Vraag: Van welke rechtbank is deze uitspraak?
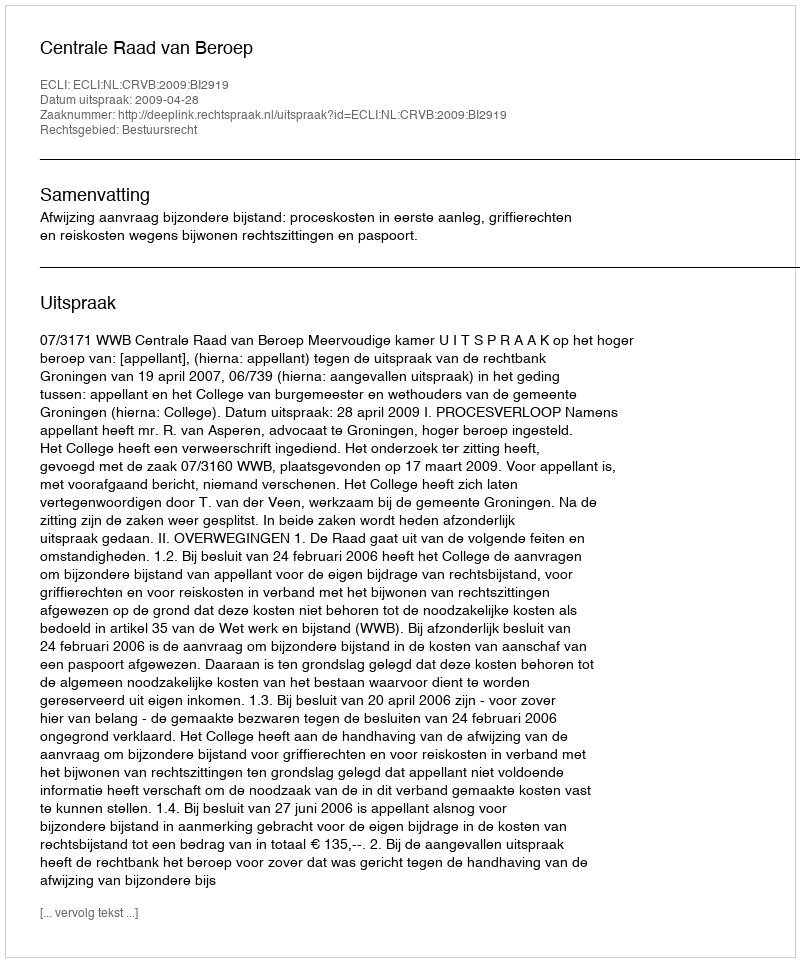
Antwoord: Centrale Raad van Beroep